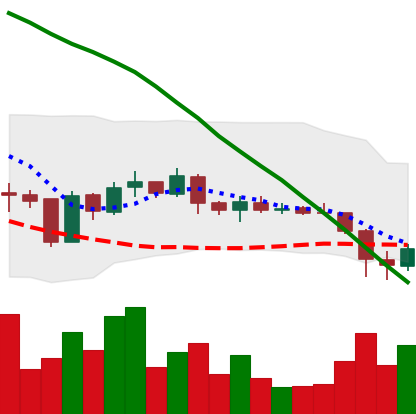
Ticker: ADA-USD
Chart end date: 2019-01-30
Forward return: -4.536%
Label: down_3_5